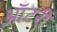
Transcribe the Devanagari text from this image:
ऑटरी